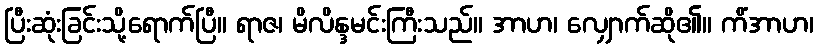
ပြီးဆုံးခြင်းသို့ရောက်ပြီ။ ရာဇ၊ မိလိန္ဒမင်းကြီးသည်။ အာဟ၊ လျှောက်ဆို၏။ ကိံအာဟ၊